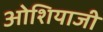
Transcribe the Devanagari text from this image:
ओशियाजी